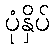
ပုံနှိပ်